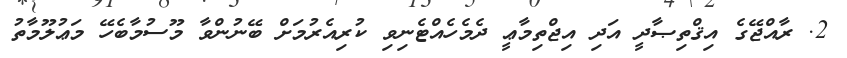
2. ރާއްޖޭގެ އިޤްތިޞާދީ އަދި އިޖްތިމާޢީ ދެމެހެއްޓެނިވި ކުރިއެރުމަށް ބޭނުންވާ މޫސުމާބެހޭ މަޢުލޫމާތު